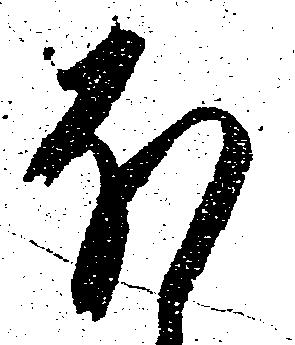
ほ